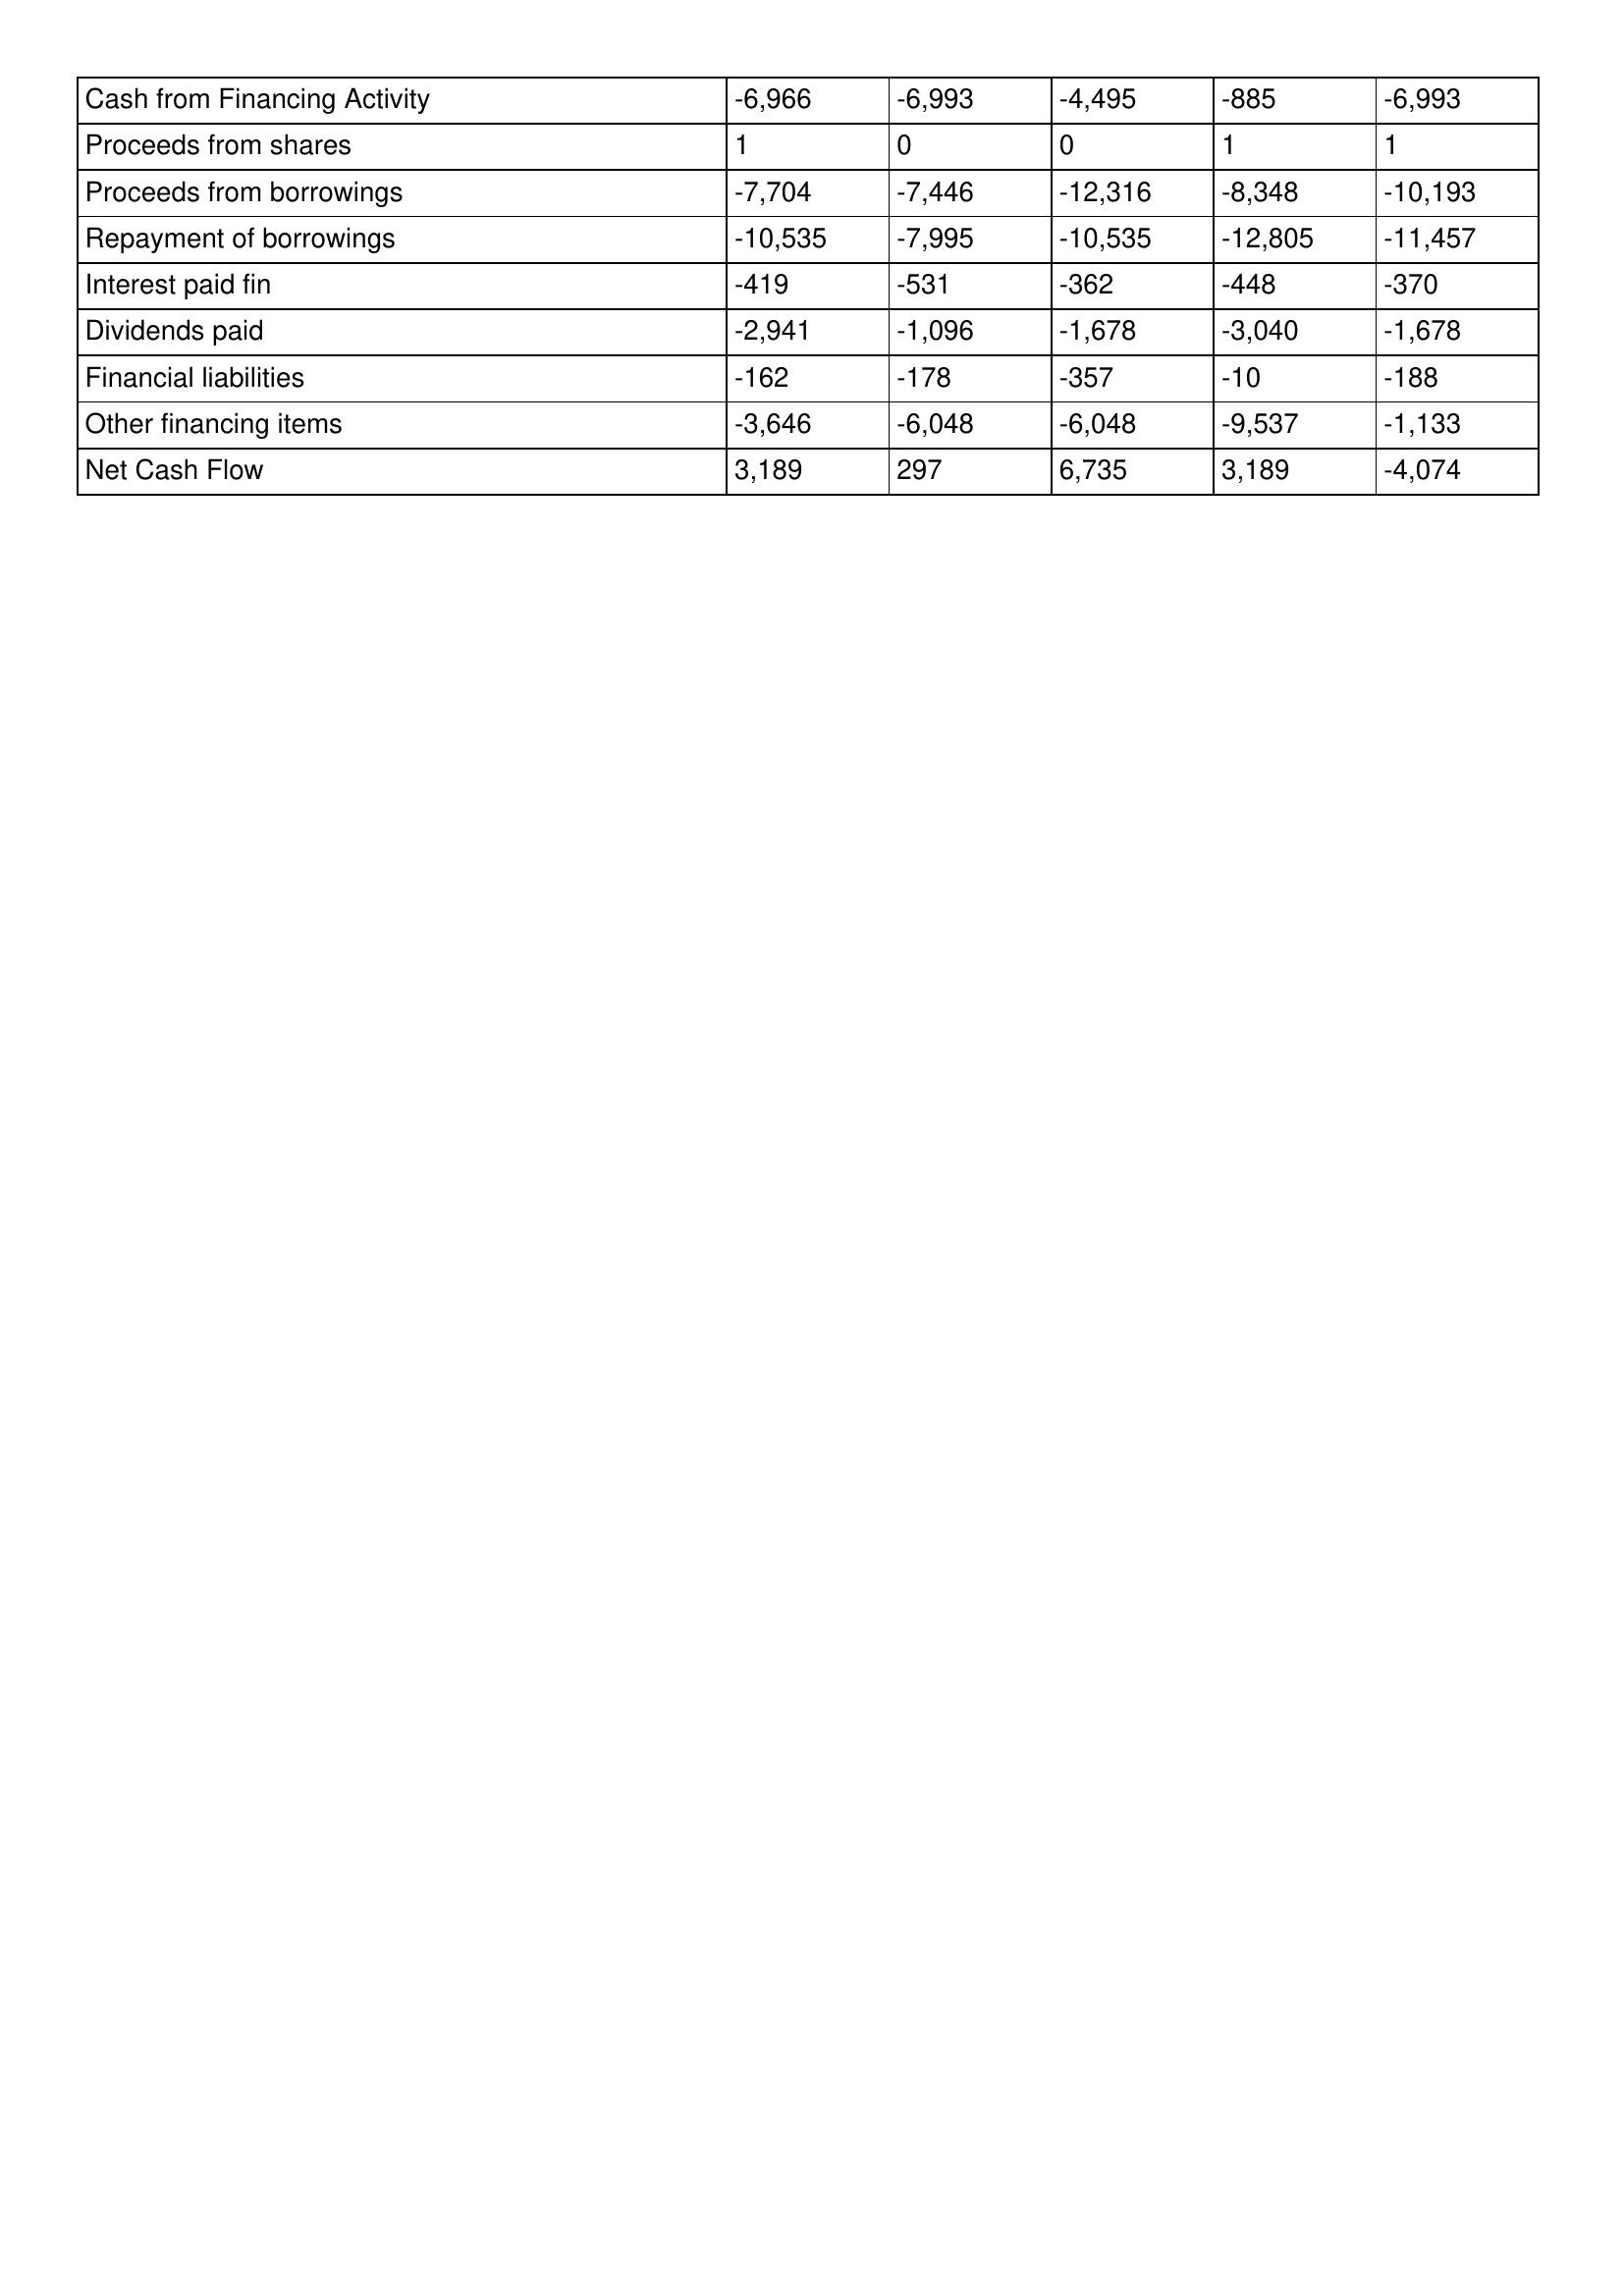
gt_parse: 2002: Cash Flows: Cash from Financing Activity: -6,966
Proceeds from shares: 1
Proceeds from borrowings: -7,704
Repayment of borrowings: -10,535
Interest paid fin: -419
Dividends paid: -2,941
Financial liabilities: -162
Other financing items: -3,646
Net Cash Flow: 3,189
2001: Cash Flows: Cash from Financing Activity: -6,993
Proceeds from shares: 0
Proceeds from borrowings: -7,446
Repayment of borrowings: -7,995
Interest paid fin: -531
Dividends paid: -1,096
Financial liabilities: -178
Other financing items: -6,048
Net Cash Flow: 297
2000: Cash Flows: Cash from Financing Activity: -4,495
Proceeds from shares: 0
Proceeds from borrowings: -12,316
Repayment of borrowings: -10,535
Interest paid fin: -362
Dividends paid: -1,678
Financial liabilities: -357
Other financing items: -6,048
Net Cash Flow: 6,735
1999: Cash Flows: Cash from Financing Activity: -885
Proceeds from shares: 1
Proceeds from borrowings: -8,348
Repayment of borrowings: -12,805
Interest paid fin: -448
Dividends paid: -3,040
Financial liabilities: -10
Other financing items: -9,537
Net Cash Flow: 3,189
1998: Cash Flows: Cash from Financing Activity: -6,993
Proceeds from shares: 1
Proceeds from borrowings: -10,193
Repayment of borrowings: -11,457
Interest paid fin: -370
Dividends paid: -1,678
Financial liabilities: -188
Other financing items: -1,133
Net Cash Flow: -4,074